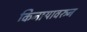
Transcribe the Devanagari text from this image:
किनार्‍यावरुन